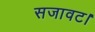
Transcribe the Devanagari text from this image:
सजावट।